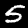
Label: 5